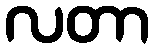
လတာ